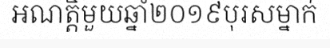
អណត្តិមួយឆ្នាំ២០១៩បុរសម្នាក់